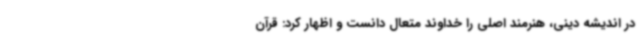
در اندیشه دینی، هنرمند اصلی را خداوند متعال دانست و اظهار کرد: قرآن